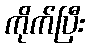
ကိုက်ပြီး